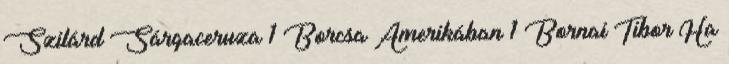
Szilárd Sárgaceruza 1 Borcsa Amerikában 1 Bornai Tibor Ha